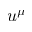
u ^ { \mu }